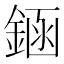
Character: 䤴